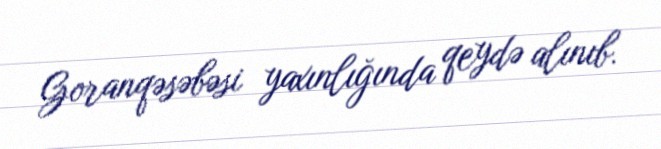
Goranqəsəbəsi yaxınlığında qeydə alınıb.